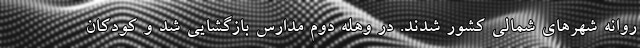
روانه شهرهای شمالی کشور شدند. در وهله دوم مدارس بازگشایی شد و کودکان